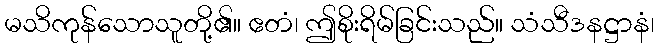
မသိကုန်သောသူတို့၏။ ဧတံ၊ ဤစိုးရိမ်ခြင်းသည်။ သံသီဒနဋ္ဌာနံ၊